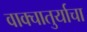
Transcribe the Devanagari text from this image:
वाक्चातुर्याचा